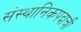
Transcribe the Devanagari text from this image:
संस्थानिकपदाची